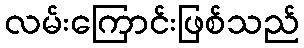
လမ်းကြောင်းဖြစ်သည်